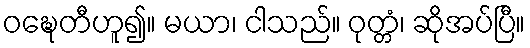
ဝဍ္ဎေတီဟူ၍။ မယာ၊ ငါသည်။ ဝုတ္တံ၊ ဆိုအပ်ပြီ။